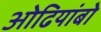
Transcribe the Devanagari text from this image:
ओढियांबो